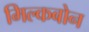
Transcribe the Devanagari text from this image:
मिल्कबोन